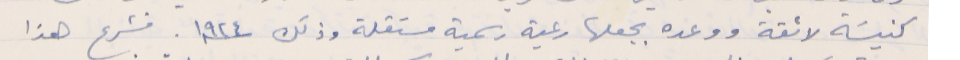
كنيسَة لائقة ووعده بجعلها رعية رسمية مستقلة وذلك سنة ١٩٢٤. فشرع هذا